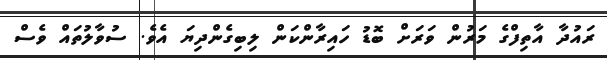
ރައުދާ އާތިފްގެ މަރުން ވަރަށް ބޮޑު ހައިރާންކަން ލިބިގެންދިޔަ އެވެ. ސުވާލުތައް ވެސް